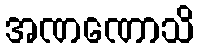
အဏဏောသိ